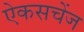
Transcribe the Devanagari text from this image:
ऐकसचेंज